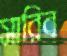
সারিব